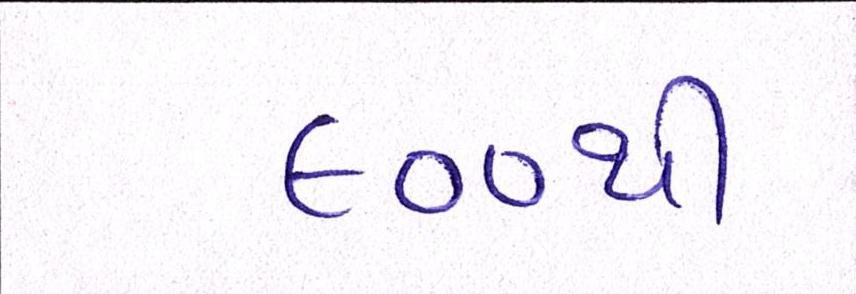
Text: ૯૦૦થી